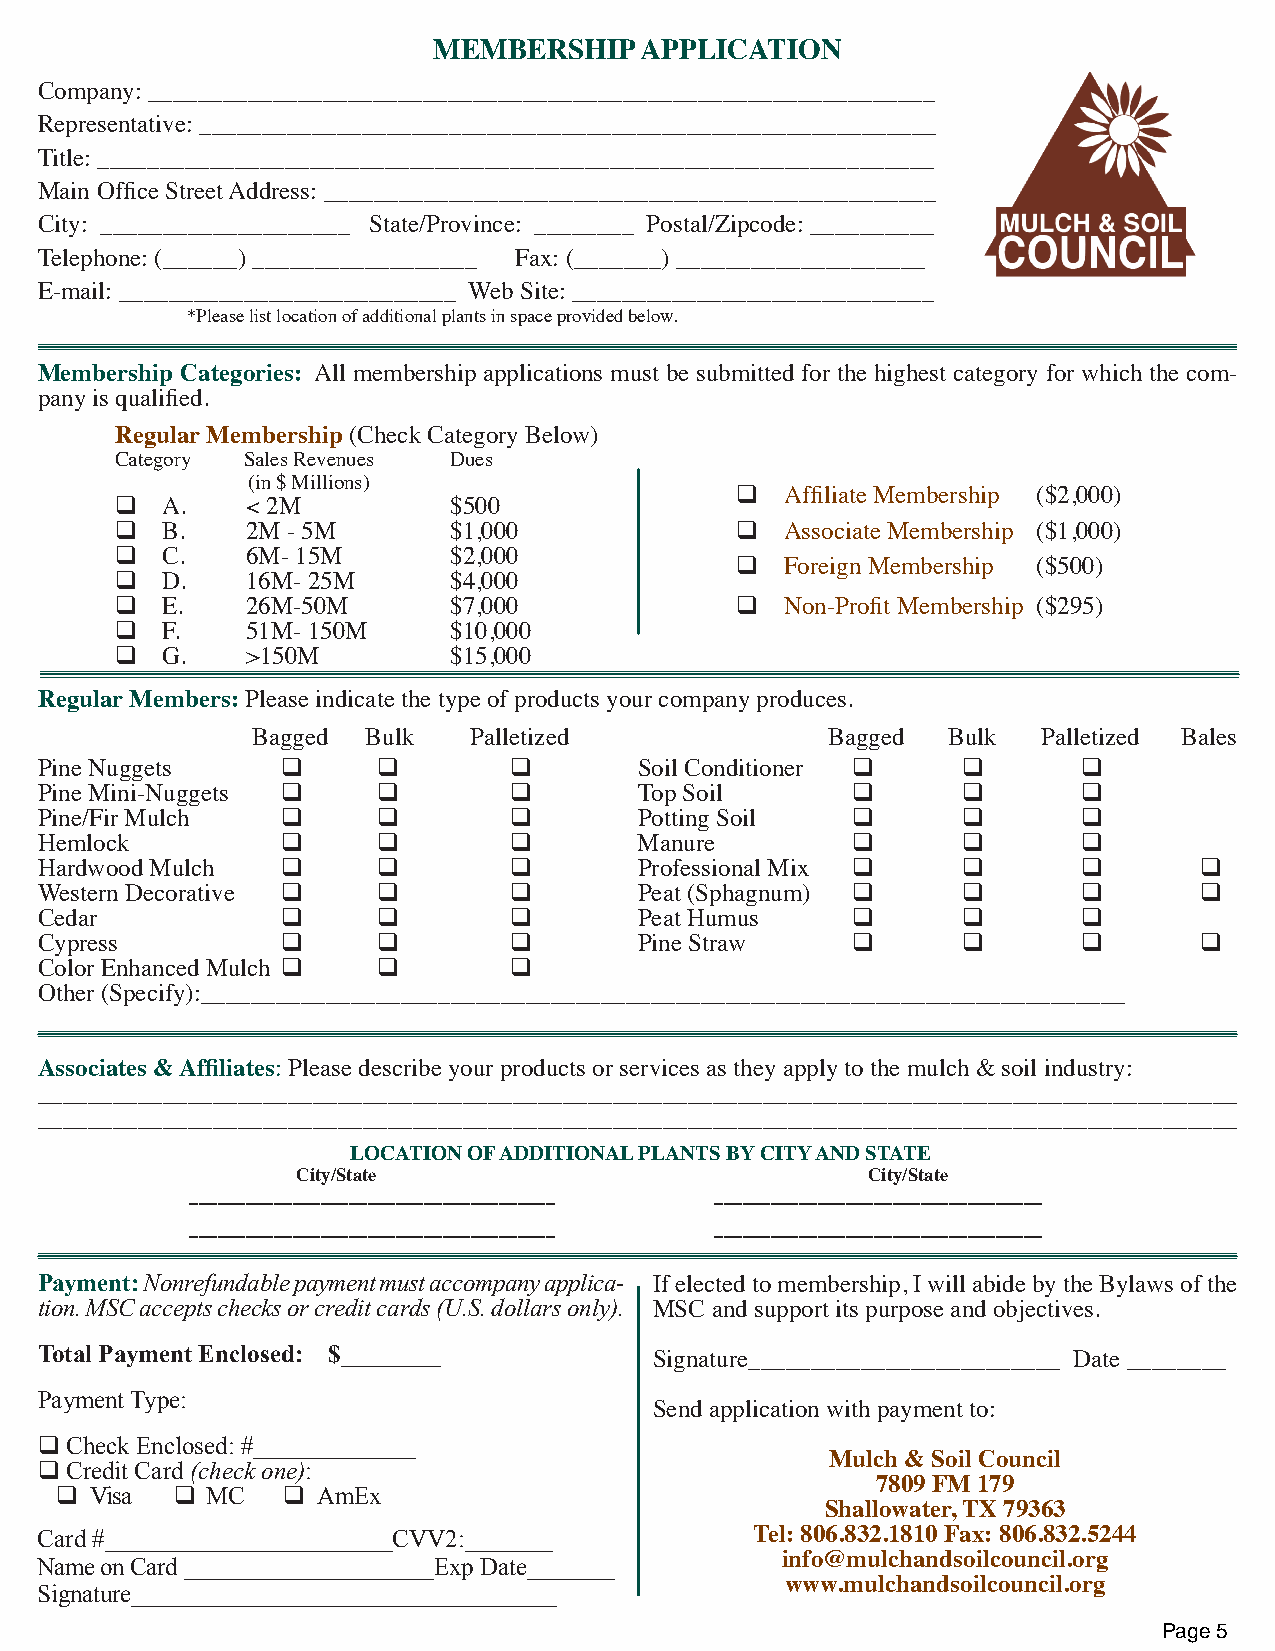
MEMBERSHIP   APPLICATION
 Company: _______________________________________________________________
 Representative: ___________________________________________________________
 Title: ___________________________________________________________________
 Main Office Street Address: _________________________________________________
 City: ____________________ State/Province: ________ Postal/Zipcode: __________
 Telephone: (______) __________________ Fax: (_______) ____________________
 E-mail: ___________________________ Web Site: _____________________________
 *Please list location of additional plants in space provided below.
 Membership Categories: All membership applications must be submitted for the highest category for which the com-
 pany is qualified.
 Regular Membership (Check Category Below)
 Category Sales Revenues Dues
 (in $ Millions)
 q  A.   < 2M          $500               q  Affiliate Membership ($2,000)
 q  B.   2M - 5M       $1,000             q  Associate Membership ($1,000)
 q  C.   6M- 15M       $2,000             q  Foreign Membership ($500)
 q  D.   16M- 25M      $4,000
 q  E.   26M-50M       $7,000             q  Non-Profit Membership ($295)
 q  F.   51M- 150M     $10,000
 q  G.   >150M         $15,000
 Regular Members: Please indicate the type of products your company produces.
 Bagged Bulk   Palletized              Bagged  Bulk  Palletized Bales
 Pine Nuggets     q     q        q       Soil Conditioner q    q       q
 Pine Mini-Nuggets q    q        q       Top Soil      q       q       q
 Pine/Fir Mulch   q     q        q       Potting Soil  q       q       q
 Hemlock          q     q        q       Manure        q       q       q
 Hardwood Mulch   q     q        q       Professional Mix q    q       q      q
 Western Decorative q   q        q       Peat (Sphagnum) q     q       q      q
 Cedar            q     q        q       Peat Humus    q       q       q
 Cypress          q     q        q       Pine Straw    q       q       q      q
 Color Enhanced Mulch q q        q
 Other (Specify):__________________________________________________________________________
 Associates & Affiliates: Please describe your products or services as they apply to the mulch & soil industry:
 ________________________________________________________________________________________________
 ________________________________________________________________________________________________
 LOCATION OF ADDITIONAL PLANTS BY CITY AND STATE
 City/State                           City/State
 _______________________________________ ___________________________________
 _______________________________________ ___________________________________
 Payment: Nonrefundable payment must accompany applica- If elected to membership, I will abide by the Bylaws of the
 tion. MSC accepts checks or credit cards (U.S. dollars only). MSC and support its purpose and objectives.
 Total Payment Enclosed: $________
 Signature_________________________ Date ________
 Payment Type:
 Send application with payment to:
 q Check Enclosed: #_____________
 Mulch & Soil Council
 q Credit Card (check one):
 7809 FM 179
 q Visa  q MC   q AmEx
 Shallowater, TX 79363
 Card #_______________________CVV2:_______       Tel: 806.832.1810 Fax: 806.832.5244
 Name on Card ____________________Exp Date_______  info@mulchandsoilcouncil.org
 www.mulchandsoilcouncil.org
 Signature__________________________________